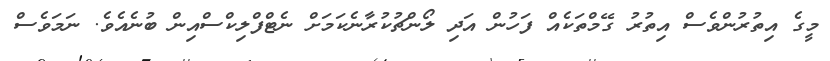
މީގެ އިތުރުންވެސް އިތުރު ގޭމްތަކެއް ފަހުން އަދި ލޯންޗުކުރާނެކަމަށް ނެޓްފްލިކްސްއިން ބުނެއެވެ. ނަމަަވެސް